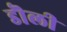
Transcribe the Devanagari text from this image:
डॊली